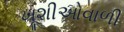
ખૂશીઓવાળી